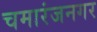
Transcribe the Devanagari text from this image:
चमारंजनगर